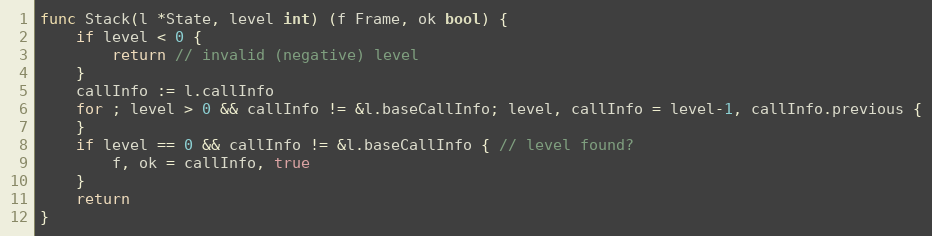
Language: Go
func Stack(l *State, level int) (f Frame, ok bool) {
	if level < 0 {
		return // invalid (negative) level
	}
	callInfo := l.callInfo
	for ; level > 0 && callInfo != &l.baseCallInfo; level, callInfo = level-1, callInfo.previous {
	}
	if level == 0 && callInfo != &l.baseCallInfo { // level found?
		f, ok = callInfo, true
	}
	return
}